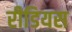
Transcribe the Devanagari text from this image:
रीडियस